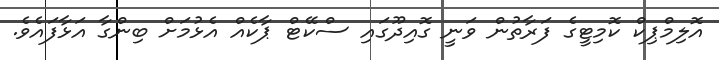
އޮލިމްޕިކް ކޮމިޓީގެ ފަރާތުން ވަނީ ގޮއިދޫގައި ސްކޭޓް ޕާކެއް އެޅުމަށް ބިންގާ އަޅާފައެވެ.